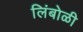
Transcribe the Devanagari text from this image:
लिंबोळी